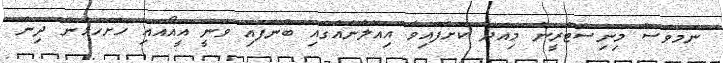
ނަމަވެސް މިނިސްޓްރީން މިއަދު ކޮށްފައިވާ އިއުލާނެއްގައި ބުނެފައި ވަނީ އީއޯއައި ހުށަހަޅަން ދިން